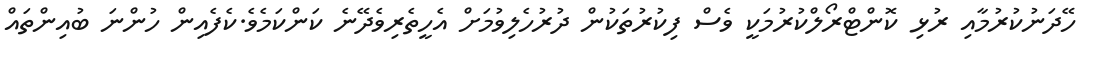
ހޭދަނުކުރުމާއި ރުޅި ކޮންޓްރޯލްކުރުމަކީ ވެސް ފިކުރުތަކުން ދުރުހެލިވުމަށް އެހީތެރިވެދޭނެ ކަންކަމެވެ.ކެފެއިން ހުންނަ ބުއިންތައް